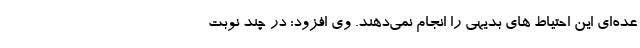
عده‌ای این احتیاط های بدیهی را انجام نمی‌دهند. وی افزود: در چند نوبت